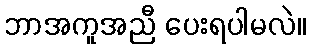
ဘာအကူအညီ ပေးရပါမလဲ။